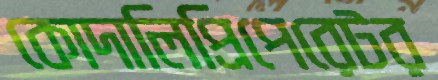
কোদালিপ্রিপেরেটর